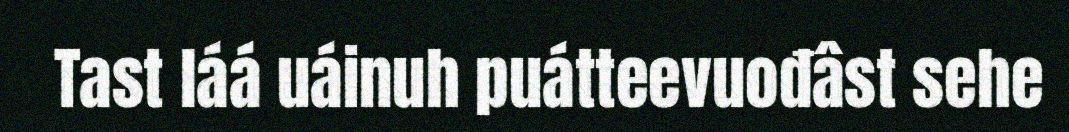
Tast láá uáinuh puátteevuođâst sehe